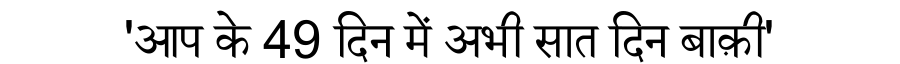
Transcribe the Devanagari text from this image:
'आप के 49 दिन में अभी सात दिन बाक़ी'